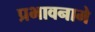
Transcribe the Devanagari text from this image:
प्रभावनामे